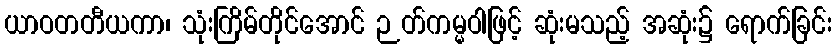
ယာဝတတီယကာ၊ သုံးကြိမ်တိုင်အောင် ဉတ်ကမ္မဝါဖြင့် ဆုံးမသည့် အဆုံး၌ ရောက်ခြင်း